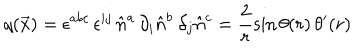
q ( \vec { x } ) = \epsilon ^ { a b c } \, \epsilon ^ { i j } \, \hat { n } ^ { a } \, \partial _ { i } \hat { n } ^ { b } \, \partial _ { j } \hat { n } ^ { c } = \frac { 2 } { r } \sin \theta ( r ) \, \theta ^ { \prime } ( r )